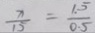
\frac { x } { 1 5 } = \frac { 1 . 5 } { 0 . 5 }